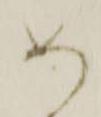
め